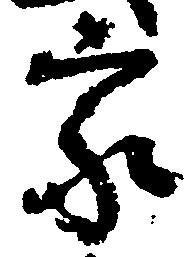
家